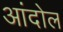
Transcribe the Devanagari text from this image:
आंदोल